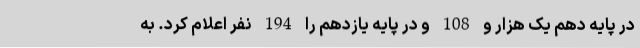
در پایه دهم یک هزار و 108 و در پایه یازدهم را 194 نفر اعلام کرد. به